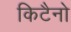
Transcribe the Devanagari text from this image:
किटैनो